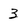
Character: 3